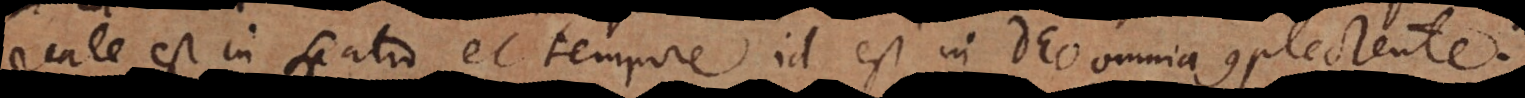
reale est in spatio et tempore, id est in Deo omnia complectente.